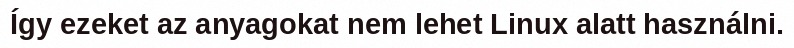
Így ezeket az anyagokat nem lehet Linux alatt használni.